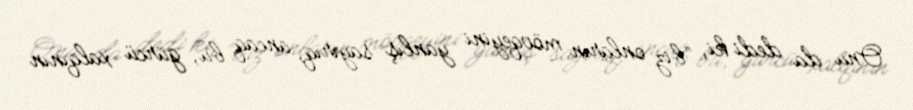
Onu da dedi ki, “biz onların mövqeyini yanlış sayırıq, ancaq bu, gürcü xalqının